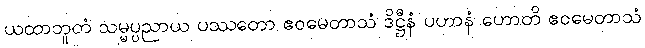
ယထာဘူတံ သမ္မပ္ပညာယ ပဿတော ဧဝမေတာသံ ဒိဋ္ဌီနံ ပဟာနံ ဟောတိ ဧဝမေတာသံ